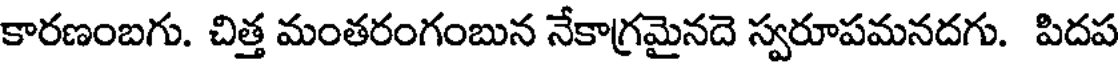
కారణంబగు. చిత్త మంతరంగంబున నేకాగ్రమైనదె స్వరూపమనదగు. పిదప